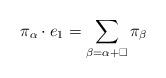
LaTeX: \begin{align*}\pi_\alpha\cdot e_1=\sum_{\beta=\alpha+\square}\pi_{\beta}\end{align*}